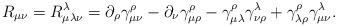
LaTeX: \begin{align*}R_{\mu\nu}=R^\lambda_{\mu\lambda\nu}=\partial_\rho \gamma^\rho_{\mu\nu}-\partial_\nu \gamma^\rho_{\mu\rho} -\gamma^\rho_{\mu\lambda}\gamma^\lambda_{\nu\rho}+\gamma^\rho_{\lambda\rho}\gamma^\lambda_{\mu\nu}.\end{align*}